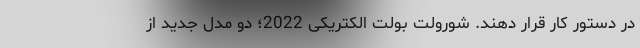
در دستور کار قرار دهند. شورولت بولت الکتریکی 2022؛ دو مدل جدید از